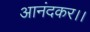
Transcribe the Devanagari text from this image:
आनंदकर।।